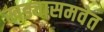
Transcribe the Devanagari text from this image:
खड्यासमवेत